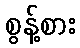
စွန့်စား